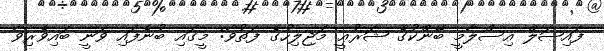
ފައިޞަލް އިސްލާމީ ބޭންކުގެ ޝަރުޢީ މަޖިލިހުގެ ފަތުވާ: މީގައި ބުނެފައި ވަނީ ބައިވެރިވާ